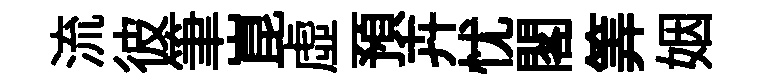
流彼筆崑虚預卉忧閣筭姻